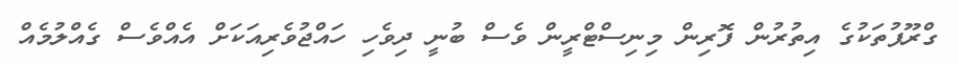
ގްރޫޕުތަކުގެ އިތުރުން ފޮރިން މިނިސްޓްރީން ވެސް ބުނީ ދިވެހި ހައްޖުވެރިއަކަށް އެއްވެސް ގެއްލުމެއް